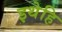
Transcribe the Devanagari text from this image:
इथेहि